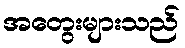
အတွေးများသည်